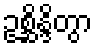
ဥစ္ဆိန္ဒိတွာ